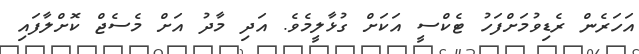
އަހަރެން ރެޑިވުމަށްފަހު ޓެކްސީ އަކަށް ގުޅާލީމެވެ. އަދި މާދު އަށް މެސެޖް ކޮށްލާފައި